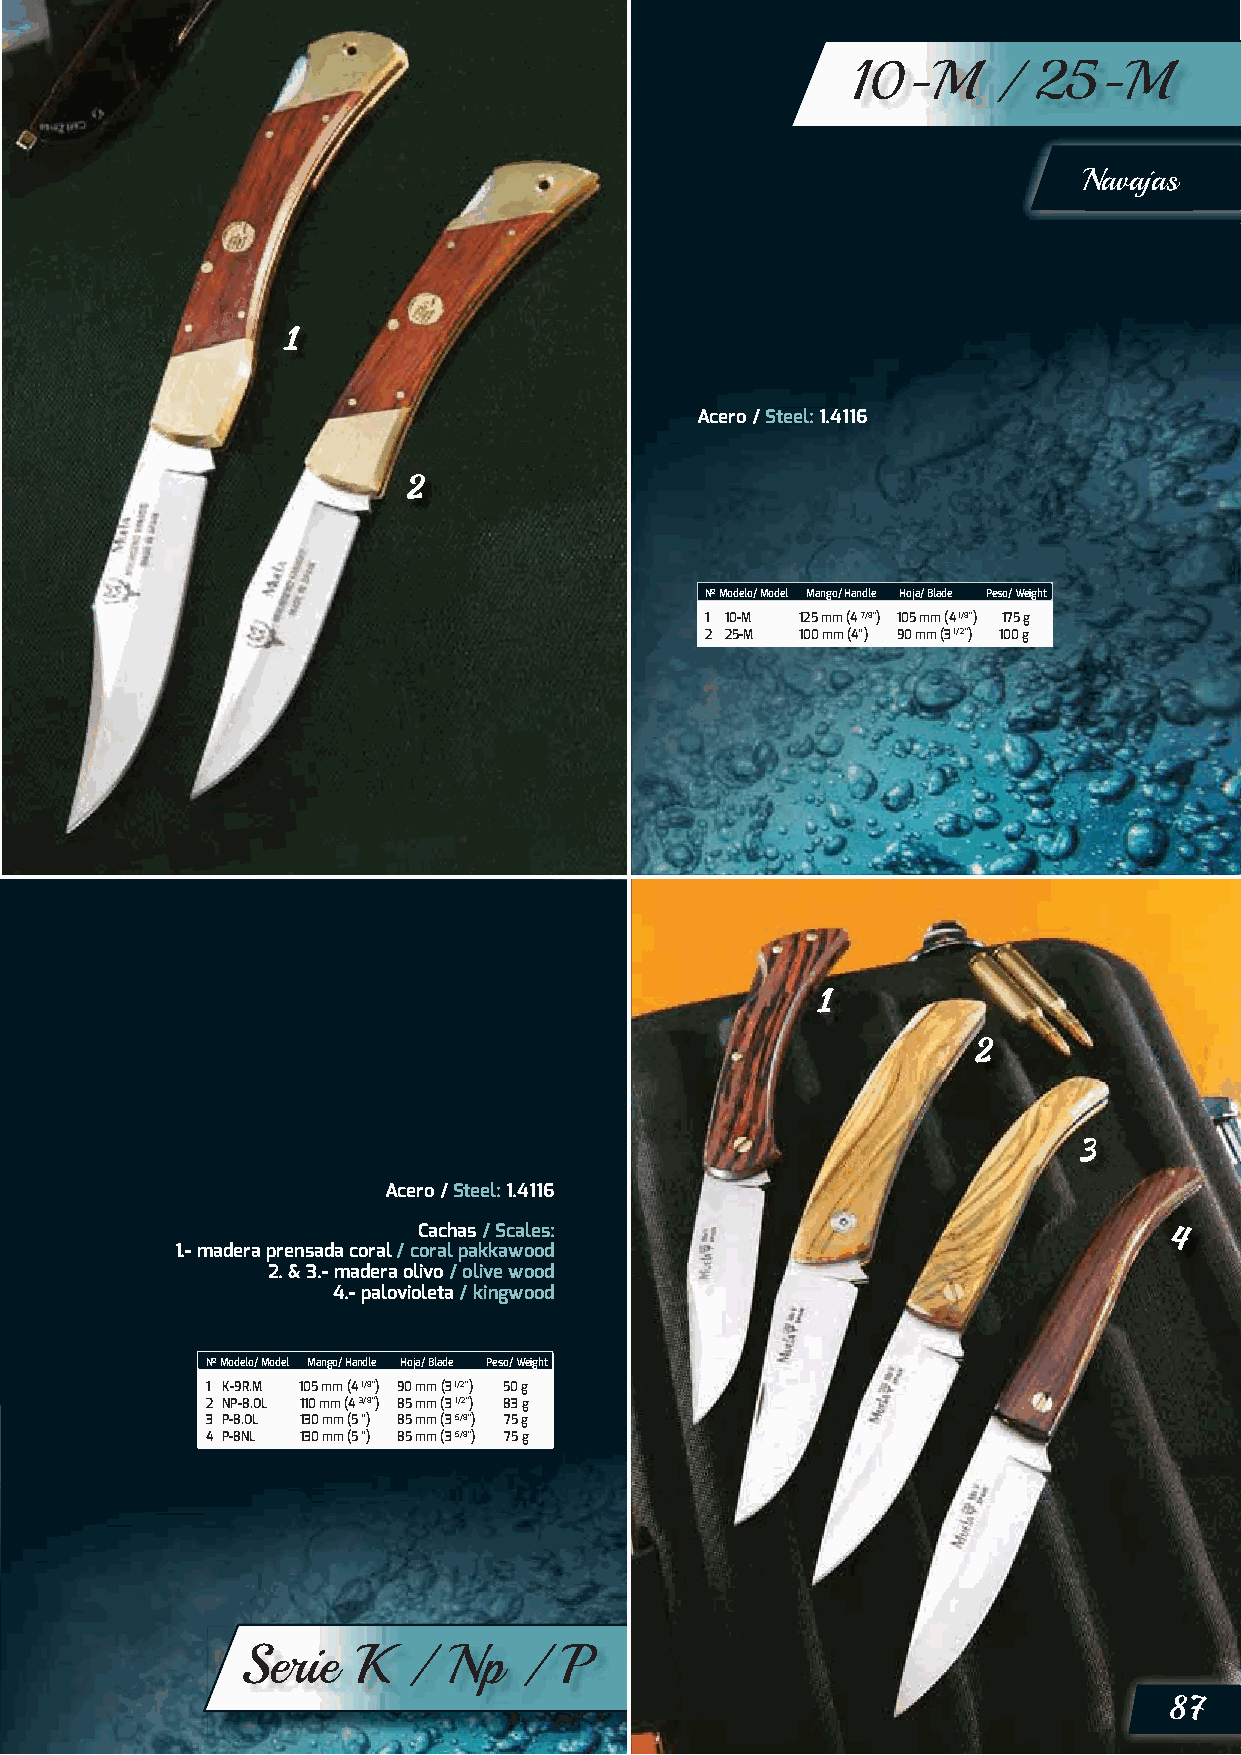
10-M      / 25-M
 Navajas
 Acero / Steel: 1.4116
 Nº Modelo/ Model Mango/ Handle Hoja/ Blade Peso/ Weight
 1 10-M 125 mm (4 7/8”) 105 mm (4 1/8”) 175 g
 2 25-M 100 mm (4”) 90 mm (3 1/2”) 100 g
 Acero / Steel: 1.4116
 Cachas / Scales:
 1.- madera prensada coral / coral pakkawood
 2. & 3.- madera olivo / olive wood
 4.- palovioleta / kingwood
 Nº Modelo/ Model Mango/ Handle Hoja/ Blade Peso/ Weight
 1 K-9R.M 105 mm (4 1/8”) 90 mm (3 1/2”) 50 g
 2 NP-8.OL 110 mm (4 3/8”) 85 mm (3 1/2”) 83 g
 3 P-8.OL 130 mm (5 “) 85 mm (3 5/8”) 75 g
 4 P-8NL 130 mm (5 “) 85 mm (3 5/8”) 75 g
 Serie  K   /  Np  /  P
 87